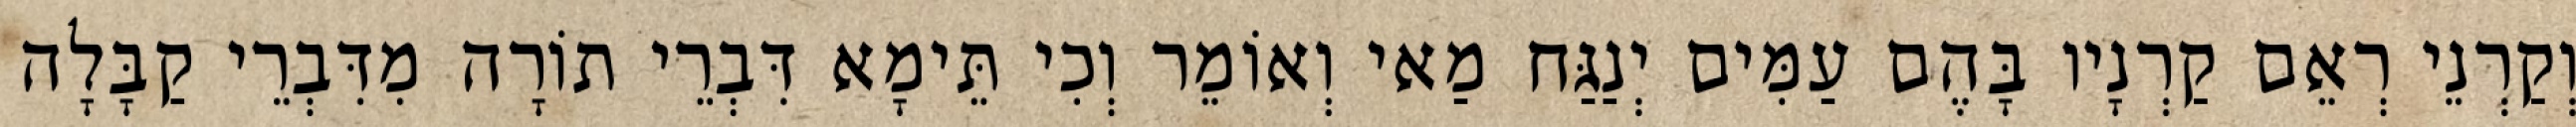
וְקַרְנֵי רְאֵם קַרְנָיו בָּהֶם עַמִּים יְנַגַּח מַאי וְאוֹמֵר וְכִי תֵּימָא דִּבְרֵי תוֹרָה מִדִּבְרֵי קַבָּלָה